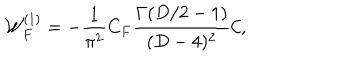
{ \cal W } _ { F } ^ { ( 1 ) } = - \frac { 1 } { { \pi } ^ { 2 } } C _ { F } { \frac { \Gamma ( D / 2 - 1 ) } { ( D - 4 ) ^ { 2 } } } { \cal C } ,